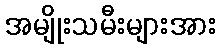
အမျိုးသမီးများအား